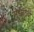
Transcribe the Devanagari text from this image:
सड़सठवां